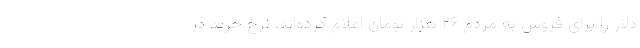
دلار را برای فروش به مردم ۲۶ هزار تومان اعلام کرده‌اند، نرخ خرید در